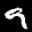
Label: 9